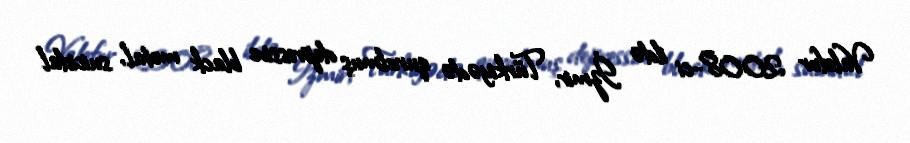
Valefor 2008-ci ildə İzmir, Türkiyədə qurulmuş depressive black metal, suicidal